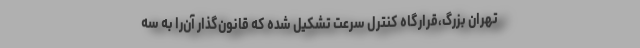
تهران بزرگ،قرارگاه کنترل سرعت تشکیل شده که قانون‌گذار آن‌را به سه